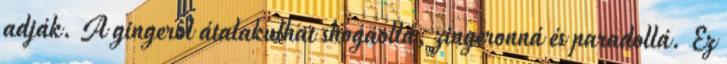
adják. A gingerol átalakulhat shogaollá, zingeronná és paradollá. Ez